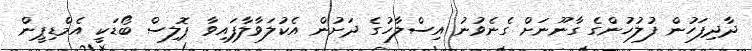
ދާދިފަހުން ފުލުހުންގެ ގާނޫނަށް ގެނެވުނު އިސްލާހުގެ ދަށުން އެކުލަވާލާފައިވާ ޕޮލިސް ބޯޑަކީ އެމްޑިޕީން